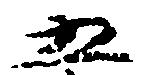
五